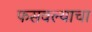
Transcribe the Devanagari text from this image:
फसवल्याचा